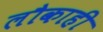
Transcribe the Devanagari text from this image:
लौकाही